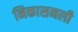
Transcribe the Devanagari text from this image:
निकासनली